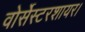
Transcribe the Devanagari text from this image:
वोर्सेस्टरशायर।